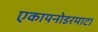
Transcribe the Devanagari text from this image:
एकायनोडरमाटा